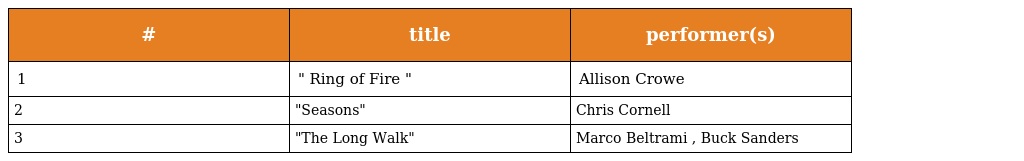
| # | title | performer(s) |
 | --- | --- | --- |
 | 1 | " Ring of Fire " | Allison Crowe |
 | 2 | "Seasons" | Chris Cornell |
 | 3 | "The Long Walk" | Marco Beltrami , Buck Sanders |